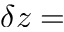
\delta z =